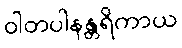
ဝါတပါနန္တရိကာယ